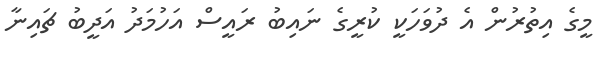
މީގެ އިތުރުން އެ ދުވަހަކީ ކުރީގެ ނައިބު ރައީސް އަހުމަދު އަދީބު ޗައިނާ